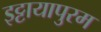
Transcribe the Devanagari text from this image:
इट्टायापुरम